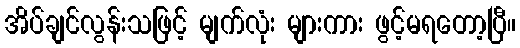
အိပ်ချင်လွန်းသဖြင့် မျက်လုံး များကား ဖွင့်မရတော့ပြီ။